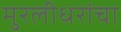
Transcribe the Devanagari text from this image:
मुरलीधरांचा